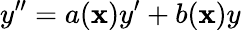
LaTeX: y^{\prime\prime}=a(\mathbf{x})y^{\prime}+b(\mathbf{x})y